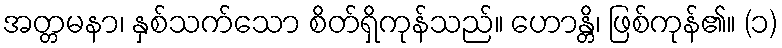
အတ္တမနာ၊ နှစ်သက်သော စိတ်ရှိကုန်သည်။ ဟောန္တိ၊ ဖြစ်ကုန်၏။ (၁)